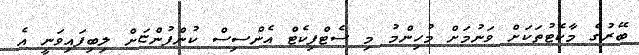
ބޭރުގެ މާކެޓުތަކަށް ވަނުމަށް މުހިންމު މި ސެޓްފިކެޓް އެންސިސް ކުންފުންޏަށް ލިބިފައިވަނީ އެ